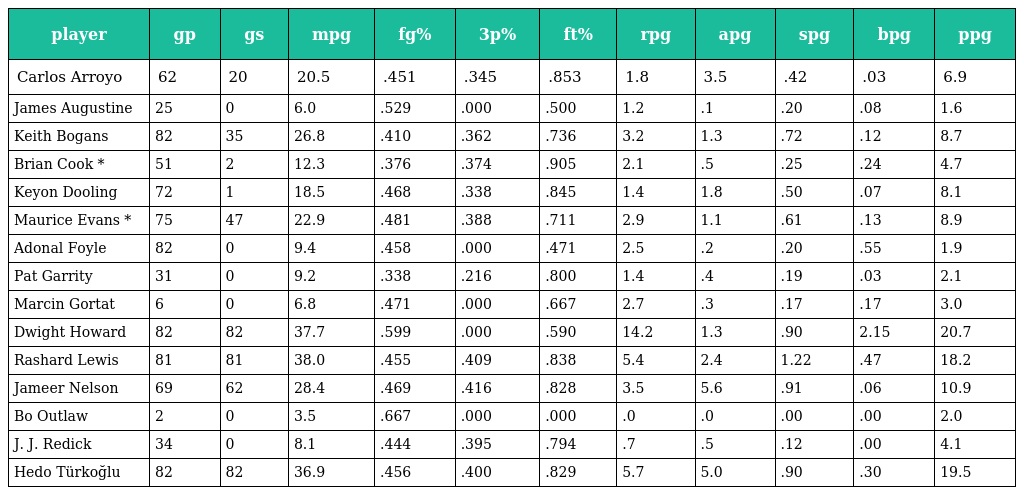
| player | gp | gs | mpg | fg% | 3p% | ft% | rpg | apg | spg | bpg | ppg |
 | --- | --- | --- | --- | --- | --- | --- | --- | --- | --- | --- | --- |
 | Carlos Arroyo | 62 | 20 | 20.5 | .451 | .345 | .853 | 1.8 | 3.5 | .42 | .03 | 6.9 |
 | James Augustine | 25 | 0 | 6.0 | .529 | .000 | .500 | 1.2 | .1 | .20 | .08 | 1.6 |
 | Keith Bogans | 82 | 35 | 26.8 | .410 | .362 | .736 | 3.2 | 1.3 | .72 | .12 | 8.7 |
 | Brian Cook * | 51 | 2 | 12.3 | .376 | .374 | .905 | 2.1 | .5 | .25 | .24 | 4.7 |
 | Keyon Dooling | 72 | 1 | 18.5 | .468 | .338 | .845 | 1.4 | 1.8 | .50 | .07 | 8.1 |
 | Maurice Evans * | 75 | 47 | 22.9 | .481 | .388 | .711 | 2.9 | 1.1 | .61 | .13 | 8.9 |
 | Adonal Foyle | 82 | 0 | 9.4 | .458 | .000 | .471 | 2.5 | .2 | .20 | .55 | 1.9 |
 | Pat Garrity | 31 | 0 | 9.2 | .338 | .216 | .800 | 1.4 | .4 | .19 | .03 | 2.1 |
 | Marcin Gortat | 6 | 0 | 6.8 | .471 | .000 | .667 | 2.7 | .3 | .17 | .17 | 3.0 |
 | Dwight Howard | 82 | 82 | 37.7 | .599 | .000 | .590 | 14.2 | 1.3 | .90 | 2.15 | 20.7 |
 | Rashard Lewis | 81 | 81 | 38.0 | .455 | .409 | .838 | 5.4 | 2.4 | 1.22 | .47 | 18.2 |
 | Jameer Nelson | 69 | 62 | 28.4 | .469 | .416 | .828 | 3.5 | 5.6 | .91 | .06 | 10.9 |
 | Bo Outlaw | 2 | 0 | 3.5 | .667 | .000 | .000 | .0 | .0 | .00 | .00 | 2.0 |
 | J. J. Redick | 34 | 0 | 8.1 | .444 | .395 | .794 | .7 | .5 | .12 | .00 | 4.1 |
 | Hedo Türkoğlu | 82 | 82 | 36.9 | .456 | .400 | .829 | 5.7 | 5.0 | .90 | .30 | 19.5 |